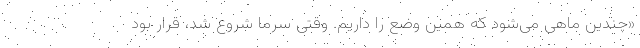
«چندین ماهی می‌شود که همین وضع را داریم. وقتی سرما شروع شد، قرار بود